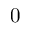
0